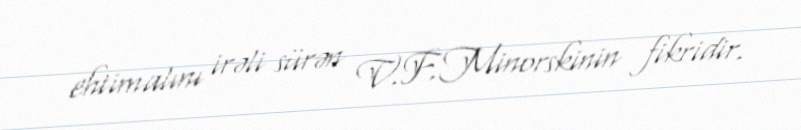
ehtimalını irəli sürən V.F.Minorskinin fikridir.